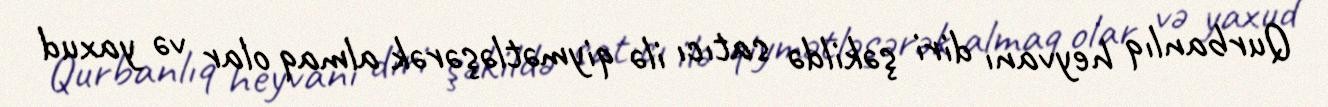
Qurbanlıq heyvanı diri şəkildə satıcı ilə qiymətləşərək almaq olar və yaxud